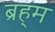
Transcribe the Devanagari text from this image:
ब्रह्‌म